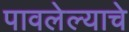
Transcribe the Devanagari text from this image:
पावलेल्याचे